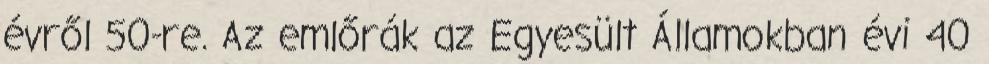
évről 50-re. Az emlőrák az Egyesült Államokban évi 40